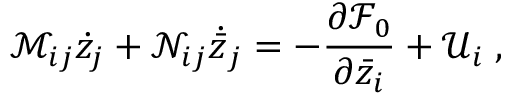
\mathcal M _ { i j } \dot { z } _ { j } + \mathcal N _ { i j } \dot { \bar { z } } _ { j } = - \ensuremath { \frac { \partial { \mathcal F } _ { 0 } } { \partial \bar { z } _ { i } } } + { \mathcal U } _ { i } \; ,